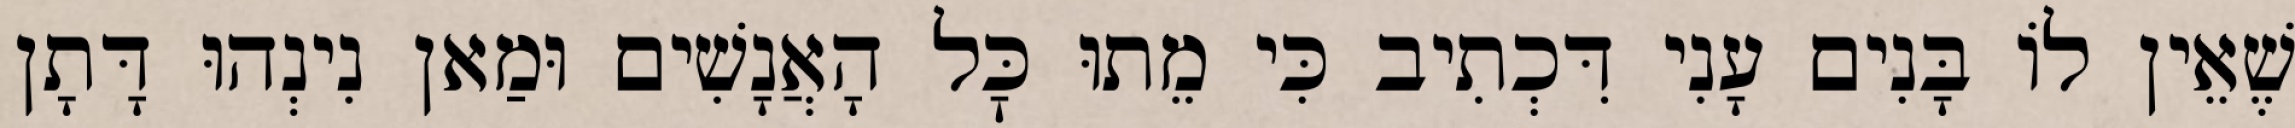
שֶׁאֵין לוֹ בָּנִים עָנִי דִּכְתִיב כִּי מֵתוּ כׇּל הָאֲנָשִׁים וּמַאן נִינְהוּ דָּתָן